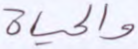
والحياة